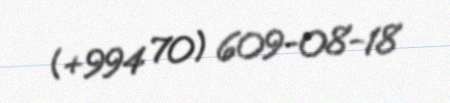
(+994 70) 609-08-18